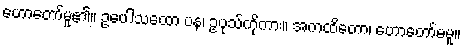
ဟောတော်မူ၏။ ဥပေါသထော ပန၊ ဥပုသ်ကိုကား။ အကထိတော၊ ဟောတော်မမူ။